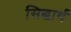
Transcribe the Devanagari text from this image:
सिद्धार्थ